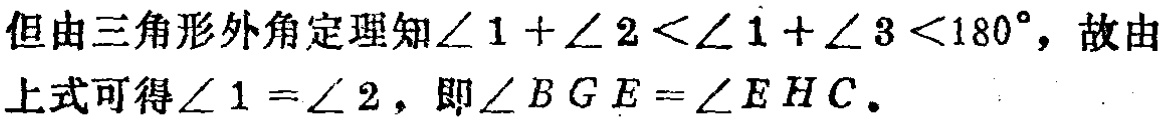
但由三角形外角定理知\(\angle 1 + \angle 2 < \angle 1 + \angle 3 < 180^{\circ}\)，故由上式可得\(\angle 1 = \angle 2\)，即\(\angle BGE = \angle EHC\)。